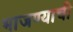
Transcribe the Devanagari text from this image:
भाजण्याची